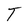
Character: T